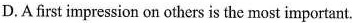
D.A first impression on others is the most important.